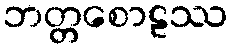
ဘတ္တစောဠဿ